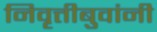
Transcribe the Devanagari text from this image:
निवृत्तीबुवांनी